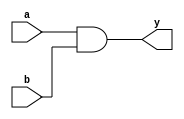
module and_gate (
    input wire a,
    input wire b,
    output wire y
);

assign y = a & b;

endmodule